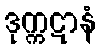
ဒုက္ကဋာနံ